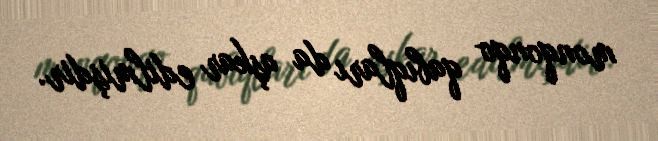
monqonqo qabıqları da aşkar edilmişdir.